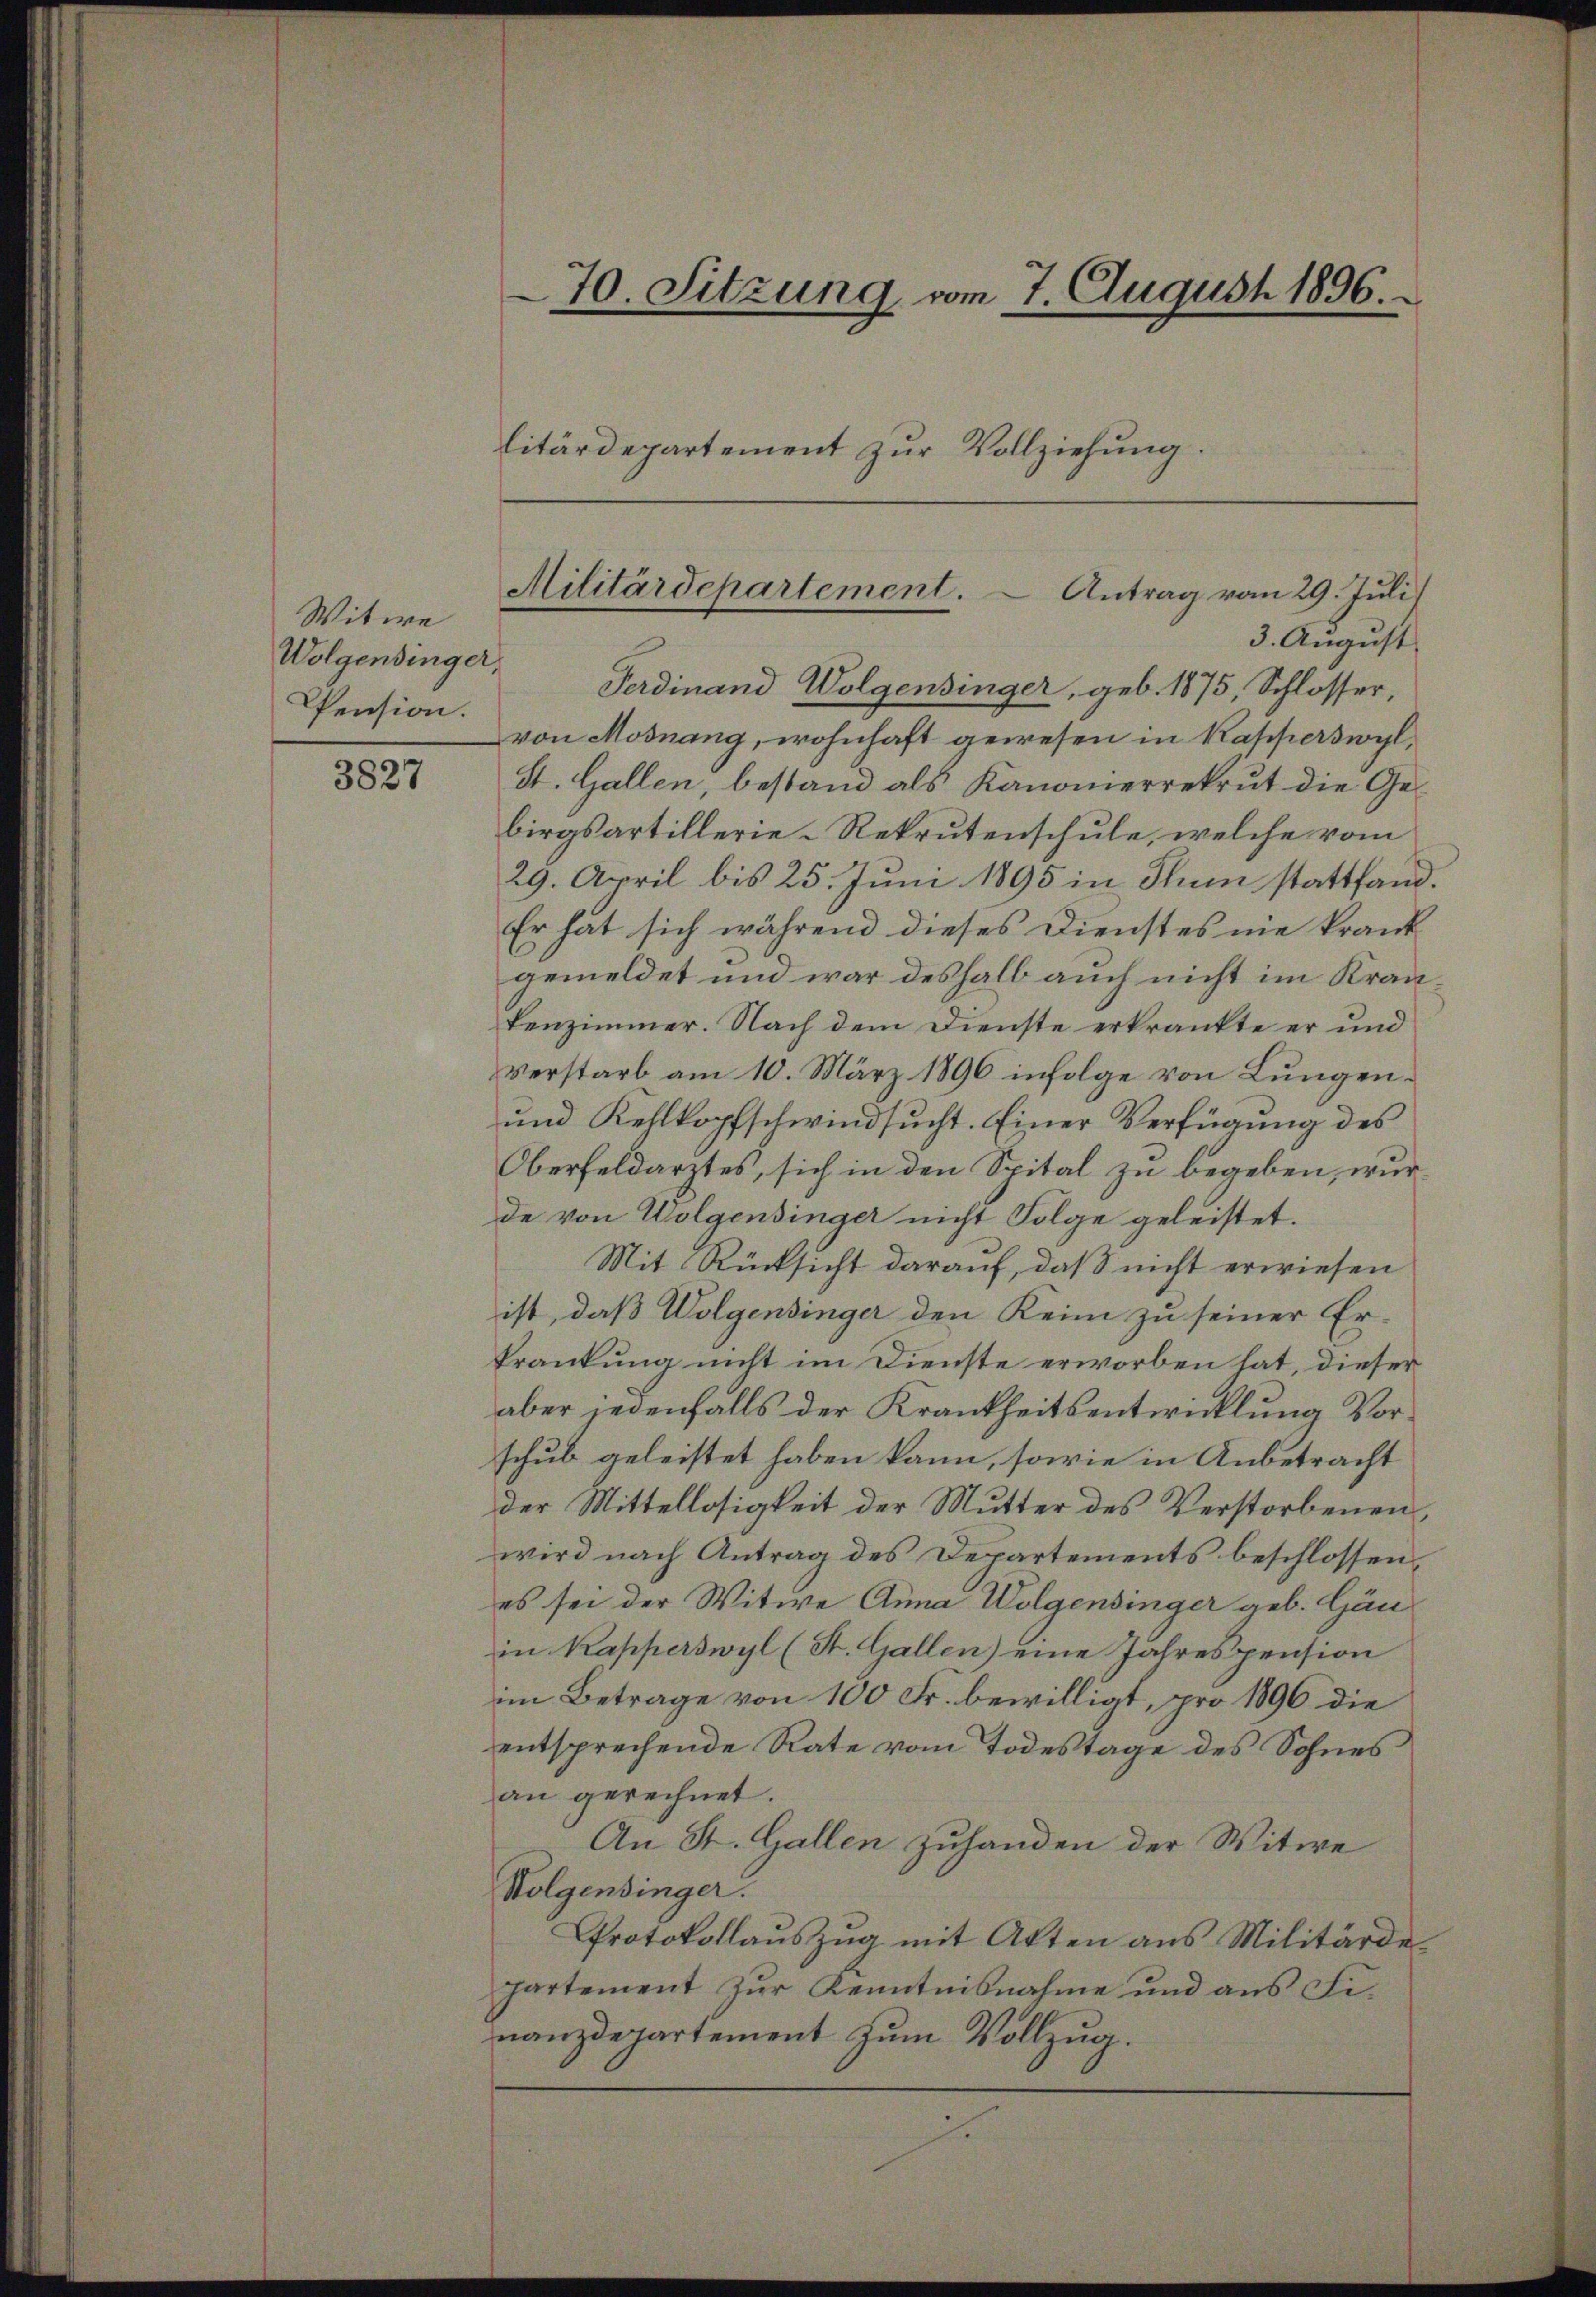
3827

Witwe
Wolgendinger,
Pension.

3. August.
Ferdinand Wolgensinger, geb. 1875, Schlosser,
von Mosnang, wohnhaft gewesen in Kapperswyl,
St. Gallen, bestand als Kanonierrekrut die Gebirgsartillerie-Rekrutenschule, welche vom
29. April bis 25. Juni 1895 in Stuum stattfand.
Er hat sich während dieses Dienstes nie krank-
gemeldet und war deshalb auch nicht im Krankenzimmer. Nach dem Dienste erkrankte er und
verstarb am 10. März 1896 infolge von Lungen¬
und Kehlkopfschwindsucht. Einer Verfügung des
Oberfeldarztes, sich in den Spital zu begeben, wur
de von Wolgensinger nicht Folge geleistet.
Mit Rücksicht darauf, daß nicht erwiesen
ist, daß Wolgensinger den Keim zu seiner Er-
krankung nicht im Dienste erworben hat, dieser
aber jedenfalls der Krankheitsentwicklung Vorschub geleistet haben kann, sowie in Anbetracht
der Mittellosigkeit der Mutter des Verstorbenen,
wird nach Antrag des Departements beschlossen,
es sei der Witwe Anna Wolgensinger geb. Gän
in Kapperswyl (St. Gallen) eine Jahrespension
im Betrage von 100 Fr. bewilligt, pro 1896 die
entsprechende Rate vom Todestage des Sohnes
an gerechnet.
An St. Gallen zuhanden der Witwe
Wolgensinger.
Protokollauszug mit Akten aus Militärde¬
Partement zur Kenntnisnahme und aus Finanzdepartement zum Vollzug.

70. Sitzung vom 7. August 1896.
litärdepartement zur Vollziehung.

Militärdepartement.  Antrag vom 29. Juli.